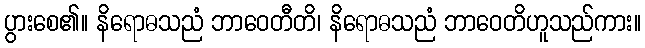
ပွားစေ၏။ နိရောဓသညံ ဘာဝေတီတိ၊ နိရောဓသညံ ဘာဝေတိဟူသည်ကား။